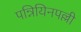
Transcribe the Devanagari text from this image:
पन्नियिनपल्ली